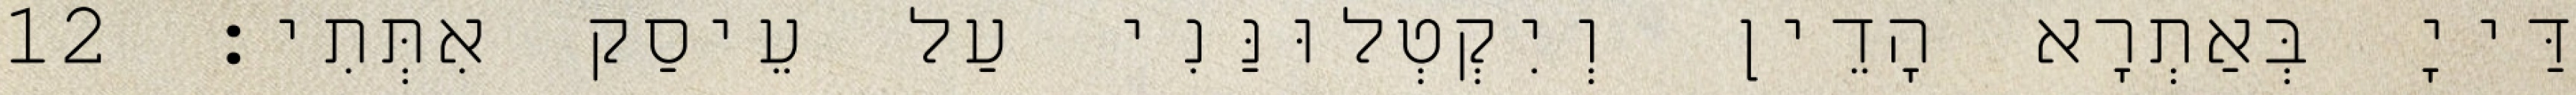
דַּייָ בְּאַתְרָא הָדֵין וְיִקְטְלוּנַּנִי עַל עֵיסַק אִתְּתִי׃ 12